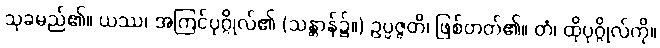
သုခမည်၏။ ယဿ၊ အကြင်ပုဂ္ဂိုလ်၏ (သန္တာန်၌။) ဥပ္ပဇ္ဇတိ၊ ဖြစ်တတ်၏။ တံ၊ ထိုပုဂ္ဂိုလ်ကို။